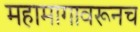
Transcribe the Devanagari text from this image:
महामागावरूनच